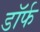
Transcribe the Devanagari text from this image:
डॉर्फ